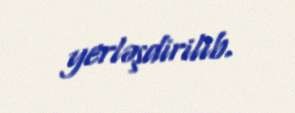
yerləşdirilib.